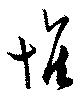
惟